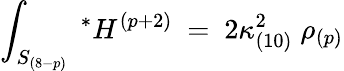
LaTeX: \int_{S_{(8-p)}}\ ^{*}H^{(p+2)}\ =\ 2\kappa_{(10)}^{2}\; \rho_{(p)}